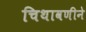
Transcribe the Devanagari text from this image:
चिथावणीने